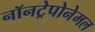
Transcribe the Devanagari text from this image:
नॉनट्रेपोनेमल